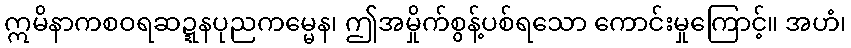
ဣမိနာကစဝရဆဍ္ဍနပုညကမ္မေန၊ ဤအမှိုက်စွန့်ပစ်ရသော ကောင်းမှုကြောင့်။ အဟံ၊